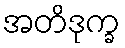
အတိဒုက္ခ